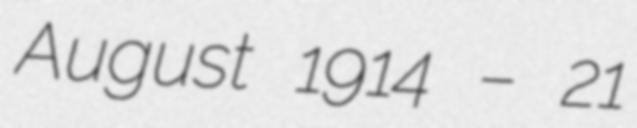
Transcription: August 1914 – 21